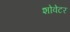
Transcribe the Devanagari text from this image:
शोवेटर